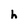
Character: h